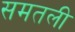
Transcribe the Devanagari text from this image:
समतली